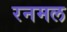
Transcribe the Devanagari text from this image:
रनमल